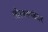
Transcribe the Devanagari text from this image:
सोल्स्कजेयर